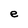
Character: e